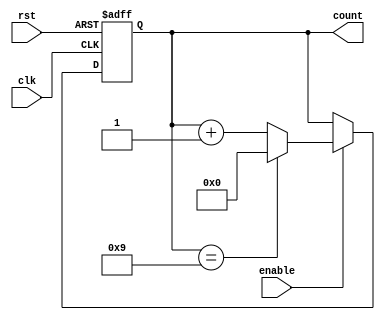
module ModulusCounter (
    input wire clk,
    input wire rst,
    input wire enable,
    output reg [7:0] count
);

parameter MODULUS = 10;

always @ (posedge clk or posedge rst) begin
    if (rst) begin
        count <= 0;
    end else if (enable) begin
        if (count == MODULUS-1) begin
            count <= 0;
        end else begin
            count <= count + 1;
        end
    end
end

endmodule